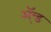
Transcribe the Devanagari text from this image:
ॲ्न्ड